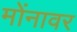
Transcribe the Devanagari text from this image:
मोंनावर